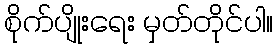
စိုက်ပျိုးရေး မှတ်တိုင်ပါ။